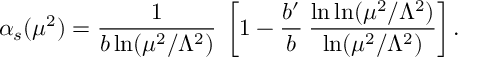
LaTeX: \alpha _ { s } ( \mu ^ { 2 } ) = \frac { 1 } { b \ln ( \mu ^ { 2 } / \Lambda ^ { 2 } ) } \; \left[ 1 - \frac { b ^ { \prime } } { b } \: \frac { \ln \ln ( \mu ^ { 2 } / \Lambda ^ { 2 } ) } { \ln ( \mu ^ { 2 } / \Lambda ^ { 2 } ) } \right] .